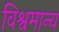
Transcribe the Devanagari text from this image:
विश्वमान्य